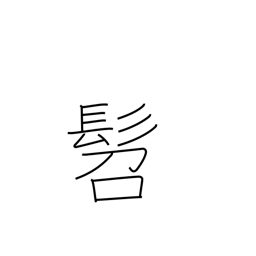
Meaning: small child